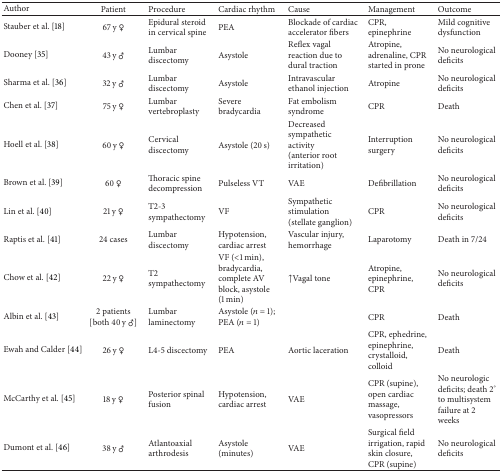
<table><thead><tr><td><b>Author</b></td><td><b>Patient</b></td><td><b>Procedure</b></td><td><b>Cardiac rhythm</b></td><td><b>Cause</b></td><td><b>Management</b></td><td><b>Outcome</b></td></tr></thead><tbody><tr><td>Stauber et al. [18]</td><td>67 y ♀</td><td>Epidural steroid in cervical spine</td><td>PEA</td><td>Blockade of cardiac accelerator fibers</td><td>CPR, epinephrine</td><td>Mild cognitive dysfunction</td></tr><tr><td>Dooney [35]</td><td>43 y ♂</td><td>Lumbar discectomy</td><td>Asystole</td><td>Reflex vagal reaction due to dural traction</td><td>Atropine, adrenaline, CPR started in prone</td><td>No neurological deficits</td></tr><tr><td>Sharma et al. [36]</td><td>32 y ♂</td><td>Lumbar discectomy</td><td>Asystole</td><td>Intravascular ethanol injection</td><td>Atropine</td><td>No neurological deficits </td></tr><tr><td>Chen et al. [37]</td><td>75 y ♀</td><td>Lumbar vertebroplasty</td><td>Severe bradycardia</td><td>Fat embolism syndrome</td><td>CPR</td><td>Death</td></tr><tr><td>Hoell et al. [38]</td><td>60 y ♀</td><td>Cervical discectomy</td><td>Asystole (20 s)</td><td>Decreased sympathetic activity(anterior root irritation)</td><td>Interruption surgery</td><td>No neurological deficits</td></tr><tr><td>Brown et al. [39]</td><td>60 ♀</td><td>Thoracic spine decompression</td><td>Pulseless VT</td><td>VAE</td><td>Defibrillation</td><td>No neurological deficits</td></tr><tr><td>Lin et al. [40]</td><td>21 y ♀</td><td>T2-3 sympathectomy</td><td>VF </td><td>Sympathetic stimulation (stellate ganglion)</td><td>CPR </td><td>No neurological deficits</td></tr><tr><td>Raptis et al. [41]</td><td>24 cases</td><td>Lumbar discectomy</td><td>Hypotension, cardiac arrest</td><td>Vascular injury, hemorrhage</td><td>Laparotomy</td><td>Death in 7/24</td></tr><tr><td>Chow et al. [42]</td><td>22 y ♀</td><td>T2 sympathectomy</td><td>VF (&lt;1 min), bradycardia, complete AV block, asystole (1 min)</td><td>↑Vagal tone </td><td>Atropine, epinephrine, CPR</td><td>No neurological deficits</td></tr><tr><td>Albin et al. [43]</td><td>2 patients [both 40 y ♂]</td><td>Lumbar laminectomy</td><td>Asystole (<i>n</i> = 1); PEA (<i>n</i> = 1)</td><td> </td><td>CPR</td><td>Death</td></tr><tr><td>Ewah and Calder [44]</td><td>26 y ♀</td><td>L4-5 discectomy</td><td>PEA</td><td>Aortic laceration</td><td>CPR, ephedrine, epinephrine, crystalloid, colloid</td><td>Death</td></tr><tr><td>McCarthy et al. [45] </td><td>18 y ♀</td><td>Posterior spinal fusion </td><td>Hypotension, cardiac arrest </td><td>VAE</td><td>CPR (supine), open cardiac massage, vasopressors</td><td>No neurologic deficits; death 2° to multisystem failure at 2 weeks </td></tr><tr><td>Dumont et al. [46]</td><td>38 y ♂</td><td>Atlantoaxial arthrodesis</td><td>Asystole (minutes)</td><td>VAE</td><td>Surgical field irrigation, rapid skin closure, CPR (supine)</td><td>No neurological deficits</td></tr></tbody></table>